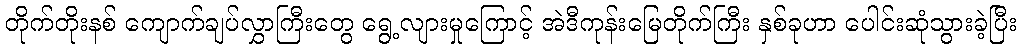
တိုက်တိုးနစ် ကျောက်ချပ်လွှာကြီးတွေ ရွေ့လျားမှုကြောင့် အဲဒီကုန်းမြေတိုက်ကြီး နှစ်ခုဟာ ပေါင်းဆုံသွားခဲ့ပြီး